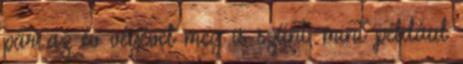
pár az év végével meg is szűnt, mint például